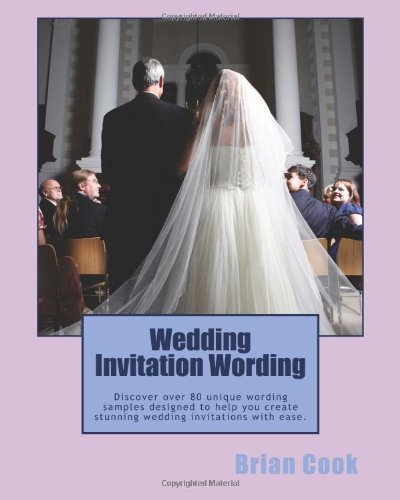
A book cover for Wedding Invitation Wording: Discover over 80 unique wording samples designed to help you create stunning wedding invitations with ease.; Brian Cook; Crafts, Hobbies & Home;